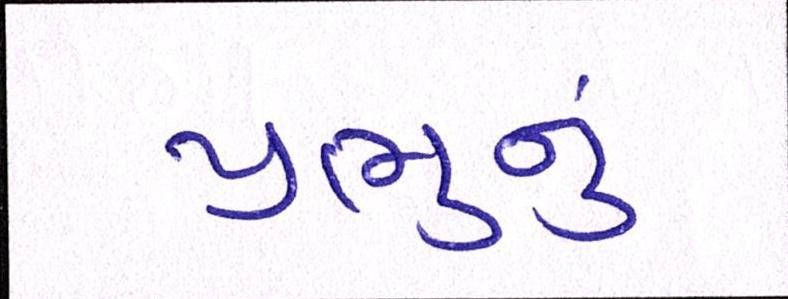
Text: પ્રભુનું